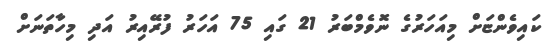
ކައިވެންޏަށް މިއަހަރުގެ ނޮވެމްބަރު 21 ގައި 75 އަހަރު ފުރޭއިރު އަދި މިހާތަނަށް